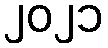
၂၀၂၁